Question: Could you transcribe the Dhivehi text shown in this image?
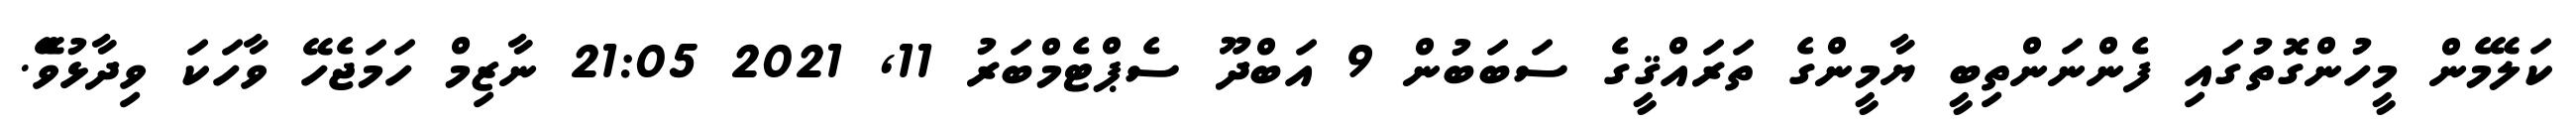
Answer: ކަލޭމެން މީހުންގޮތުގައި ފެންނަންތިބީ ޔާމީންގެ ތަރައްޤީގެ ސަބަބުން 9 އަބްދޫ ސެޕްޓެމްބަރު 11, 2021 21:05 ނާޒިމް ހަމަޖެހޭ ވާހަކަ ވިދާޅުވެޭ.